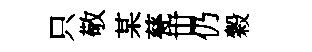
只敬某甆丗仍穀